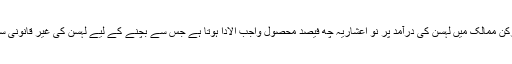
دراصل یورپی یونین کے رکن ممالک میں لہسن کی درآمد پر نو اعشاریہ چھ فیصد محصول واجب الادا ہوتا ہے جس سے بچنے کے لیے لہسن کی غیر قانونی سمگلنگ کی جانے لگی ہے۔